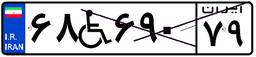
۱۵W۱۰۸۸۴